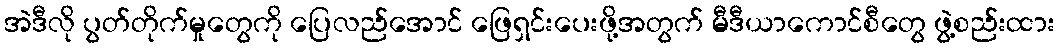
အဲဒီလို ပွတ်တိုက်မှုတွေကို ပြေလည်အောင် ဖြေရှင်းပေးဖို့အတွက် မီဒီယာကောင်စီတွေ ဖွဲ့စည်းထား